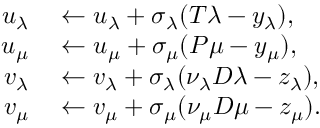
\begin{array} { r l } { u _ { \lambda } } & { { } \leftarrow u _ { \lambda } + \sigma _ { \lambda } ( T \lambda - y _ { \lambda } ) , } \\ { u _ { \mu } } & { { } \leftarrow u _ { \mu } + \sigma _ { \mu } ( P \mu - y _ { \mu } ) , } \\ { v _ { \lambda } } & { { } \leftarrow v _ { \lambda } + \sigma _ { \lambda } ( \nu _ { \lambda } D \lambda - z _ { \lambda } ) , } \\ { v _ { \mu } } & { { } \leftarrow v _ { \mu } + \sigma _ { \mu } ( \nu _ { \mu } D \mu - z _ { \mu } ) . } \end{array}